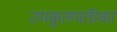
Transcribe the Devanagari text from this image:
उपकुलपतीका